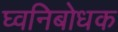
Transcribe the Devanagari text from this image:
घ्वनिबोधक